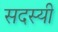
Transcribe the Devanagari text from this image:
सदस्यी